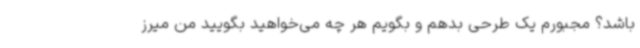
باشد؟ مجبورم یک طرحی بدهم و بگویم هر چه می‌خواهید بگویید من‌ میرز